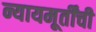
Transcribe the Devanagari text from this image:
न्यायमूर्तींची